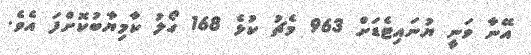
އޭނާ ވަނީ ޔުނައިޓެޑަށް 963 މެޗު ކުޅެ 168 ގޯލު ކާމިޔާބުކޮށްފަ އެވެ.